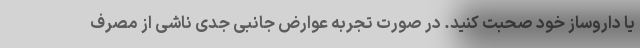
یا داروساز خود صحبت کنید. در صورت تجربه عوارض جانبی جدی ناشی از مصرف